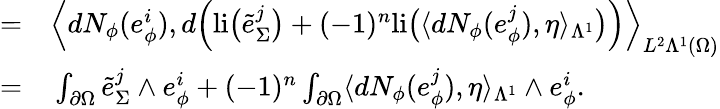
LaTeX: \begin{array}{rl}{=}&{{}\Big\langle dN_{\phi}(e_{\phi}^{i}),d\Big(\mathrm{li}\big(\tilde{e}_{\Sigma}^{j}\big)+(-1)^{n}\mathrm{li}\big(\langle dN_{\phi}(e_{\phi}^{j}),\eta\rangle_{\Lambda^{1}}\big)\Big)\Big\rangle_{L^{2}\Lambda^{1}(\Omega)}}\\ {=}&{{}\int_{\partial\Omega}\tilde{e}_{\Sigma}^{j}\wedge e_{\phi}^{i}+(-1)^{n}\int_{\partial\Omega}\langle dN_{\phi}(e_{\phi}^{j}),\eta\rangle_{\Lambda^{1}}\wedge e_{\phi}^{i}.}\end{array}